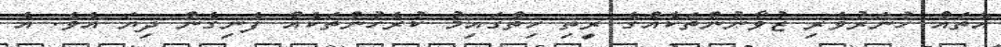
އެތައް ހުނަރުވެރި ޒުވާނުންތަކެއްގެ ރީތި ހިތްގައިމު ކުރެހުންތަކެއް ފެނިގެން ދިޔަ އެވެ. އެ